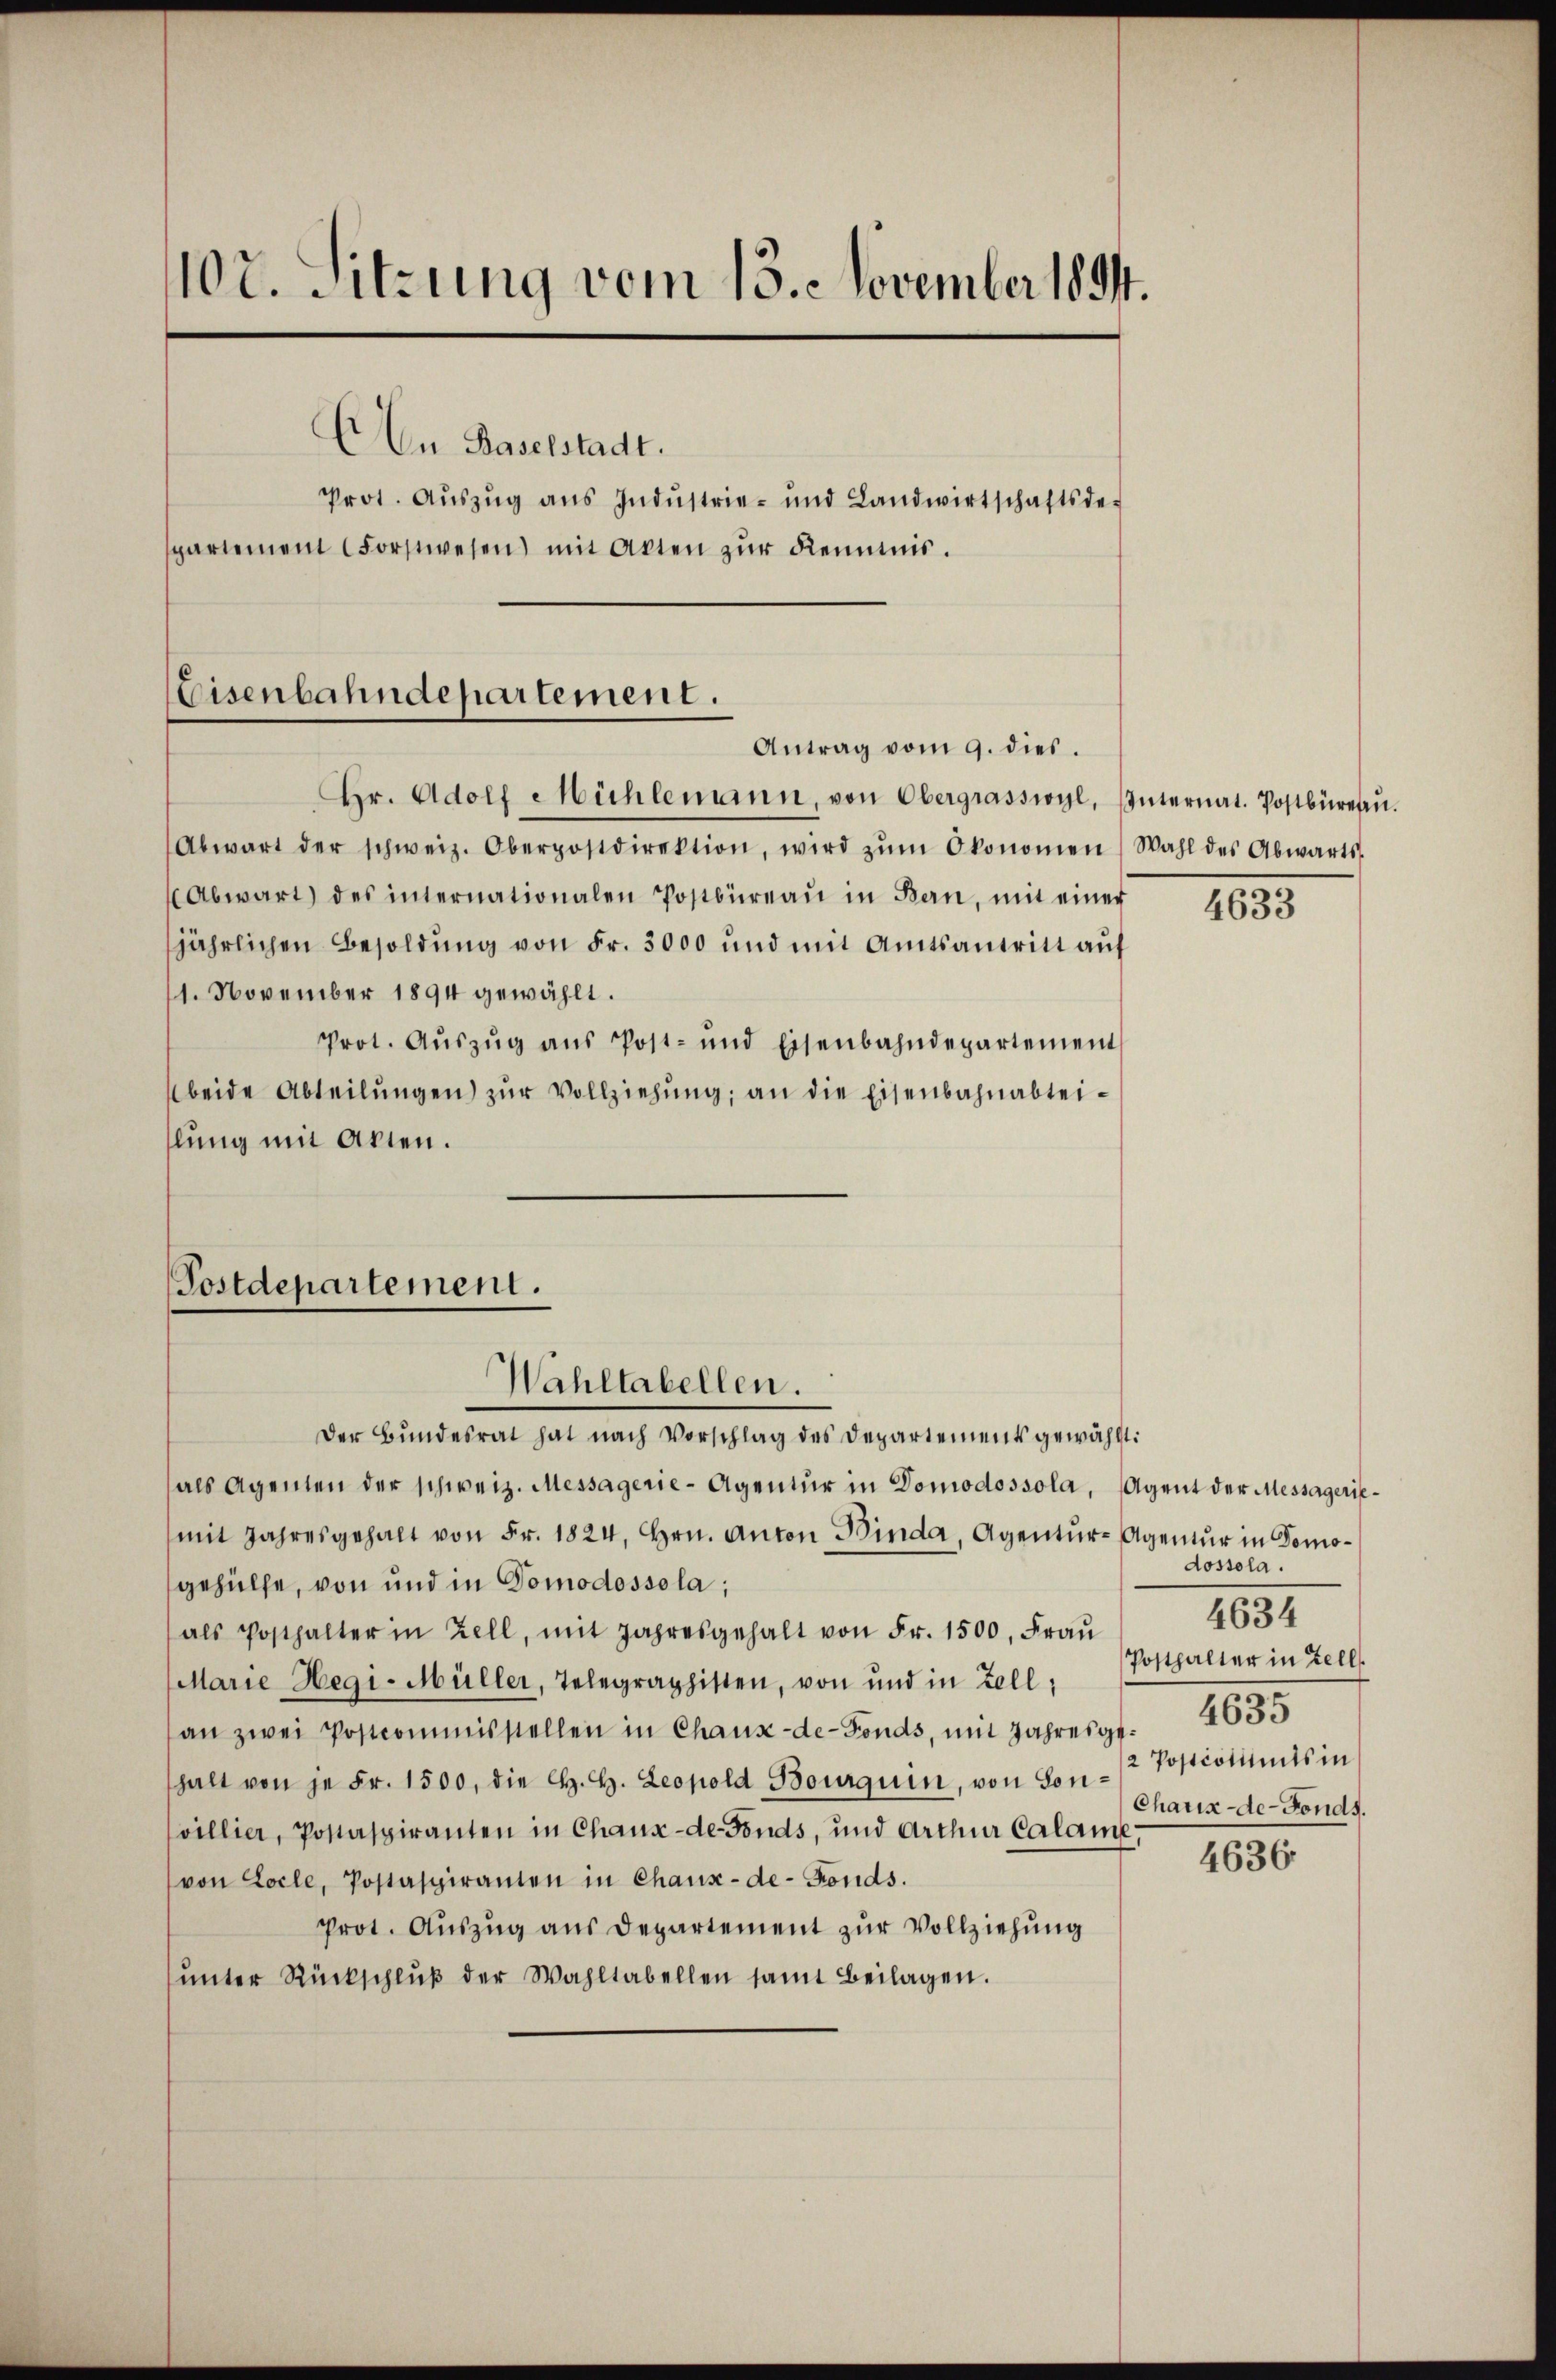
107. Sitzung vom 13. November 1894.

Au Baselstadt.
Prot. Aŭszŭg ans Indŭstrie- und Landwirtschaftsde-
spartement Forstwesen) mit Akten zŭr Kenntnis.

Eisenbahndepartement.
Antrag vom 9. dies.

Hr. Adolf Mühlemann, von Obergrässwyl, Internat. Postbüresen.
Abwart der schweiz. Oberpostdirektion, wird zŭm Okonomen Wahl des Abwärts-
Abwart des internationalen Postbüreaŭ in Bern, mit einer
jährlichen Besoldung von Fr. 3000 und mit Amtsantritt auf
1. November 1894 gewählt.
Prot. Aŭszŭg ans Post- und Eisenbahndepartement
beide Abteilŭngen zŭr Vollziehŭng an die Eisenbahnabteilung mit Akten.

Postdepartement.
Wahltabellen.

Der Bundesrat hat nach Vorschlag des Departement gewählt:
als Agenten der schweiz. Messagerie-Agentur in Domodossola, Agent der Messägeriemit Jahresgehalt von Fr. 1824. Hrn. Anton Binda, Agentŭr-Agentur in Domogehülfe, von und in Domodossola;
als Posthalter in Zell, mit Jahresgehalt von Fr. 1500. Fraŭ
Marie Hegi-Müller, Telegraphisten, von und in Zell,
an zwei Postcommisstellen in Chaux-de-Fonds, mit Jahresgt.4635
halt von je Fr. 1500, die H. H. Leopold Bourquin, von von Postcotints in
villier, Postaspiranten in Chaux-de-Fonds, und Arthur Calame,
von Locle, Postaspiranten in Chaux-de-Fonds.
Prot. Auszug aus Departement zur Vollziehung
ŭnter Rückschlŭβ der Wahltabellen samt Beilagen.

4633

dossola.
4634
Posthalter in Zell
Chaux-de-Fonds.

4636